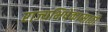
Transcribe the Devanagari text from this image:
राज्यभिषेकासाठी